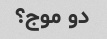
دو موج؟